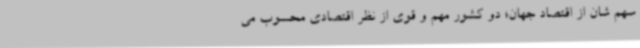
سهم شان از اقتصاد جهان؛ دو کشور مهم و قوی از نظر اقتصادی محسوب می